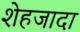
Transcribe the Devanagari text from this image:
शेहजादा